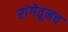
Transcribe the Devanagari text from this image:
रांगेतूनच